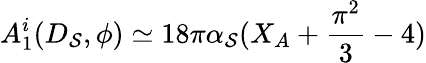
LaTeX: A_{1}^{i}(D_{\mathcal{S}},\phi)\simeq18\pi\alpha_{\mathcal{S}}(X_{A}+\frac{{\pi^{2}}}{{3}}-4)